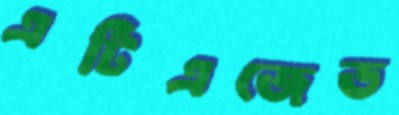
এটিএজেড